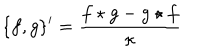
\{ f , g \} ^ { \prime } = { \frac { f \star g - g \star f } { \kappa } }